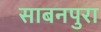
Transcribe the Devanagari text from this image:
साबनपुरा